65_HS1-834228961_62-HQ-83894_Section_10
Agency: FBI
Page 8
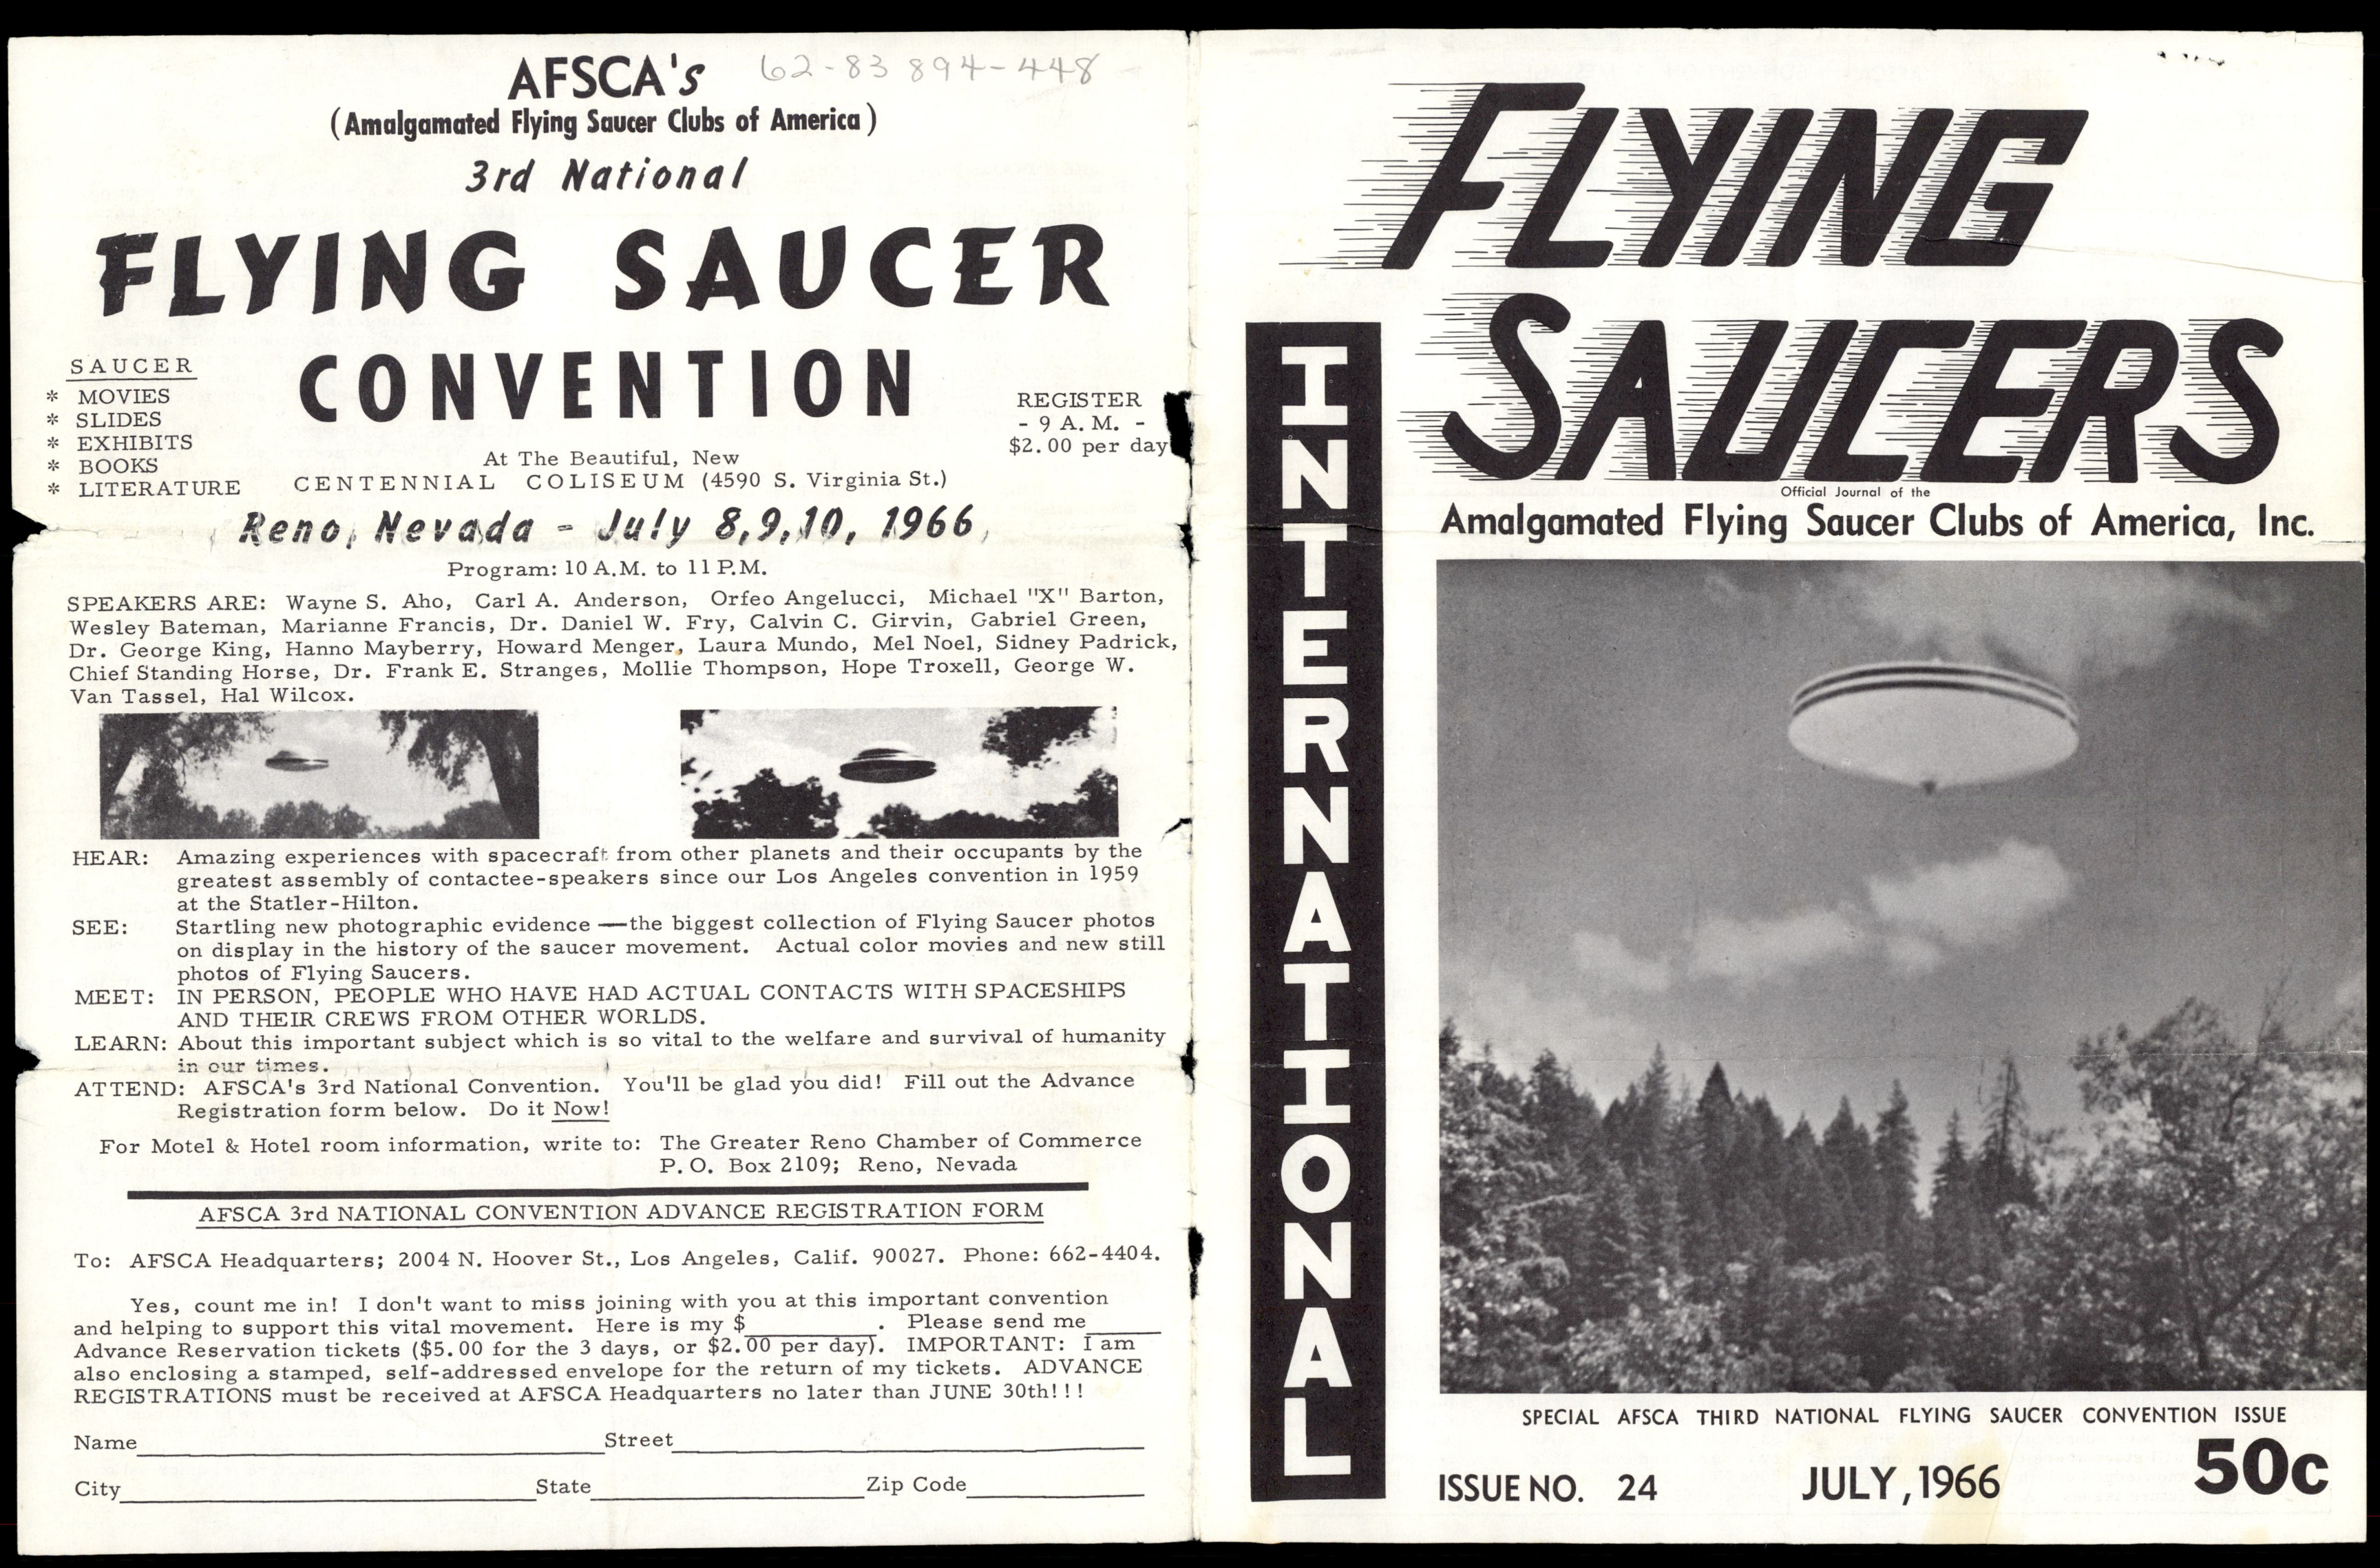